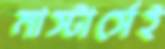
মাস্টার্সেই